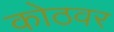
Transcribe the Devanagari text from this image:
कोठवर